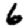
Digit: 6